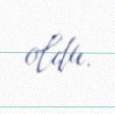
oldu.